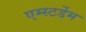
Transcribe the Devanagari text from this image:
एम्स्टर्डेम